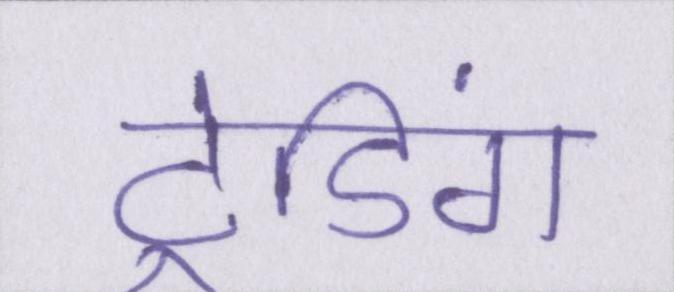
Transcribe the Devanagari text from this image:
ट्रेडिंग